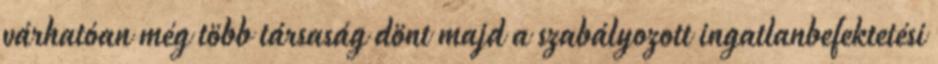
várhatóan még több társaság dönt majd a szabályozott ingatlanbefektetési